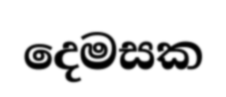
දෙමසක